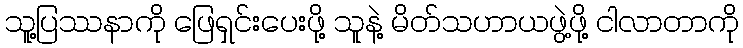
သူ့ပြဿနာကို ဖြေရှင်းပေးဖို့ သူနဲ့ မိတ်သဟာယဖွဲ့ဖို့ ငါလာတာကို